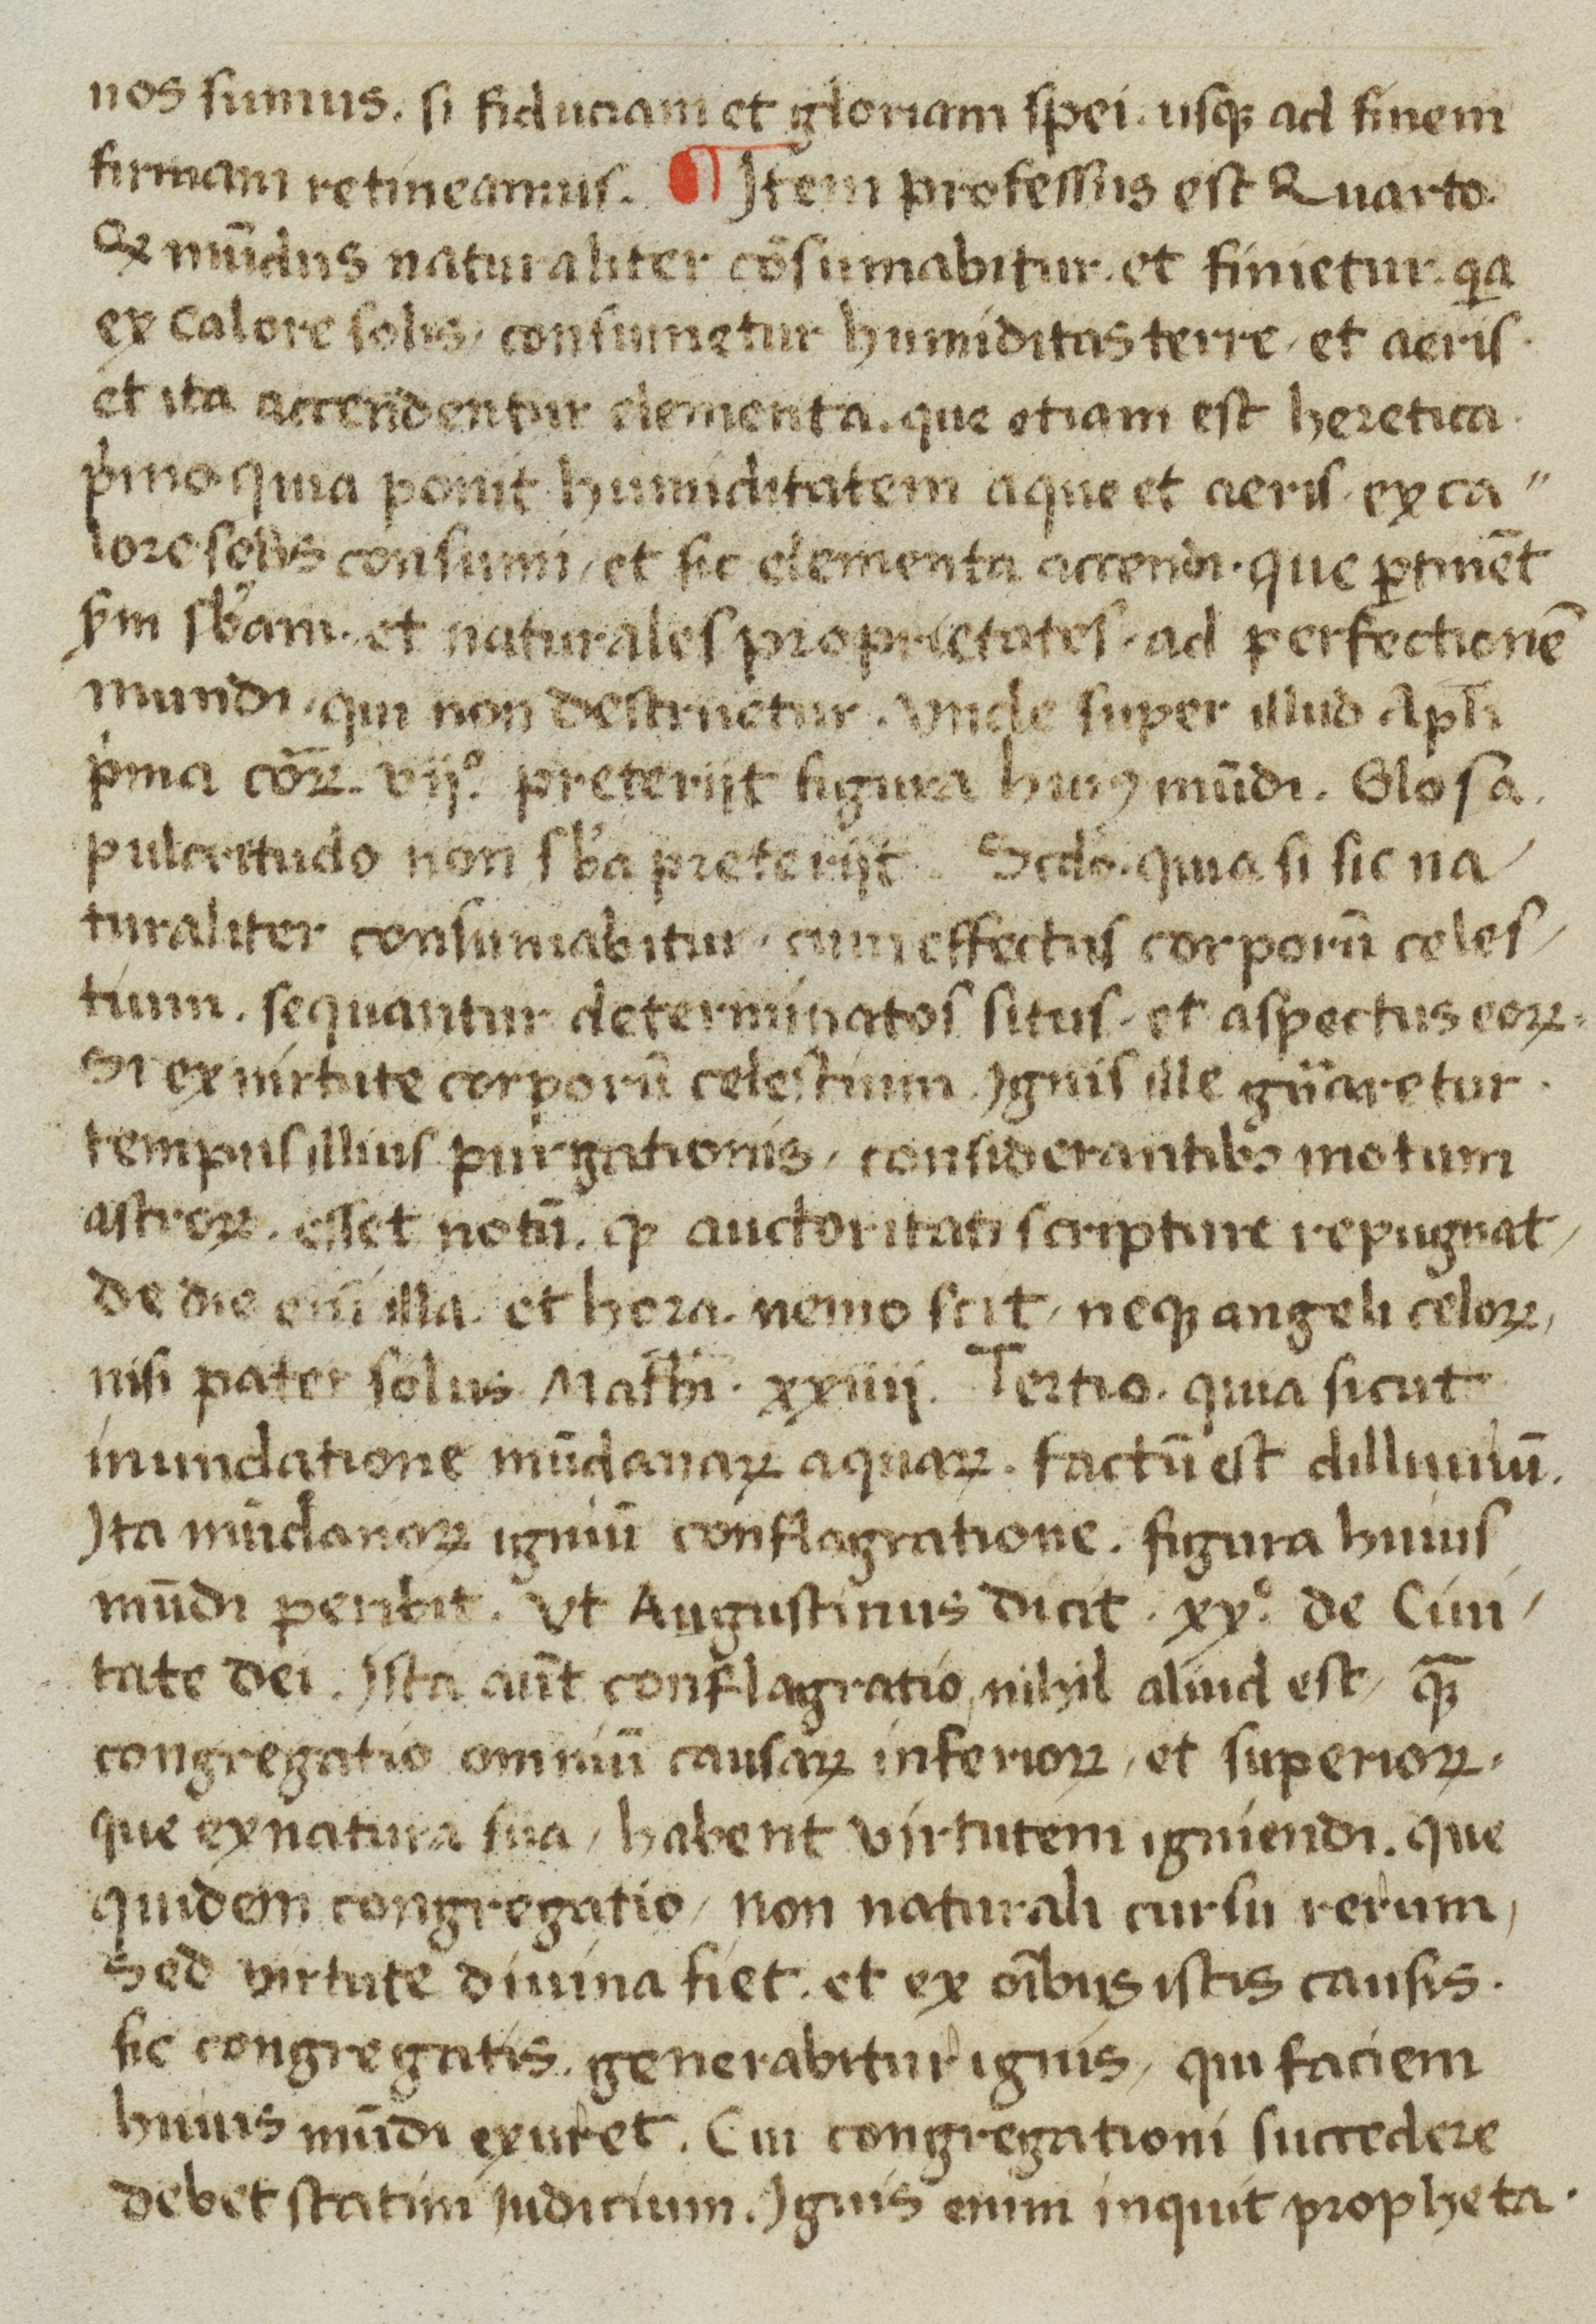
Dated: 1450–1499